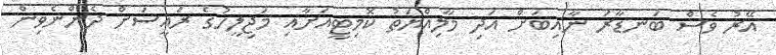
އޭރު ވެސް ބަނޑާރަ ނާއިބަށް އަދި މާލިއްޔަތު ކޮމިޓީއަށާއި މަޖިލީހުގެ ރައީސަށް ދެންނެވިން